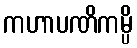
ကဟာပဏိကမ္ပိ